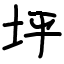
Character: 垀